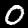
Label: 0